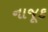
નાજૂક